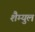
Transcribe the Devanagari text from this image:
शैम्युल